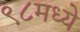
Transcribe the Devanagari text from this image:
९८मध्ये